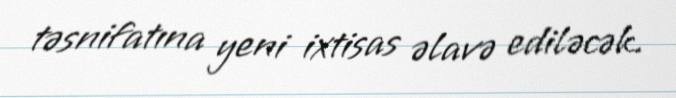
təsnifatına yeni ixtisas əlavə ediləcək.